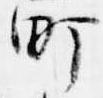
町